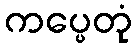
ကပ္ပေတုံ